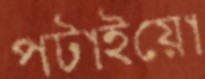
পটাইয়ো